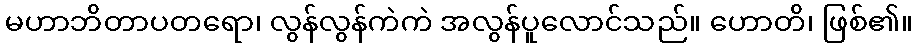
မဟာဘိတာပတရော၊ လွန်လွန်ကဲကဲ အလွန်ပူလောင်သည်။ ဟောတိ၊ ဖြစ်၏။